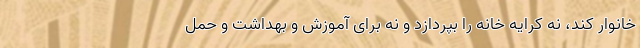
خانوار کند، نه کرایه خانه را بپردازد و نه برای آموزش و بهداشت و حمل